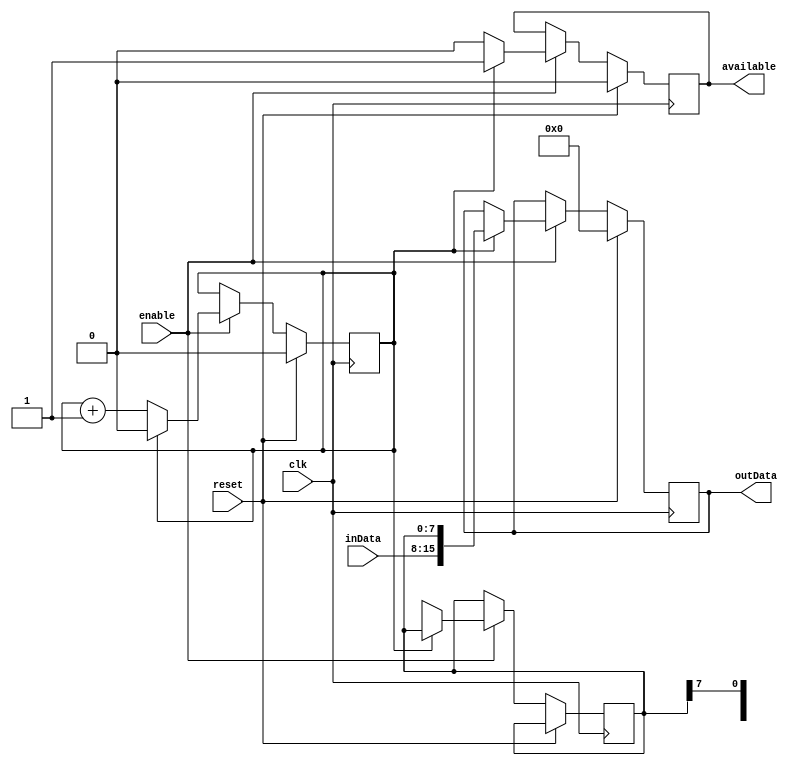
module Deserializer(clk, reset, enable, inData, available, outData);
    parameter blockSize = 2;
    
    input  wire                         clk;
    input  wire                         reset;
    input  wire                         enable;
    input  wire [7 : 0]                 inData;
    output reg                          available = 0;
    output reg  [8 * blockSize - 1 : 0] outData   = 0;
    
    reg [$clog2(blockSize) - 1 : 0]   index  = 0;
    reg [8 * (blockSize - 1) - 1 : 0] buffer = 0;
    
    always @(posedge clk)
    begin
        if (reset)
        begin
            available <= 0;
            outData   <= 0;
            index     <= 0;
        end
        else
        begin
            if (enable)
            begin
                if (index != blockSize - 1)
                begin
                    buffer    <= {inData, buffer[blockSize * 8 - 9 : 8]};
                    index     <= index + 1;
                    available <= 0;
                end
                else    
                begin
                    outData   <= {inData, buffer};
                    index     <= 0;
                    available <= 1;
                end
            end
        end
    end
endmodule